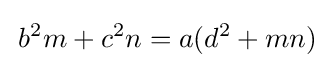
\,b^{2}m+c^{2}n=a(d^{2}+mn)